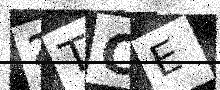
Text: 2TCE